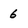
Character: 6